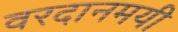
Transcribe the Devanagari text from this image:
वरदानमयी